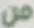
من